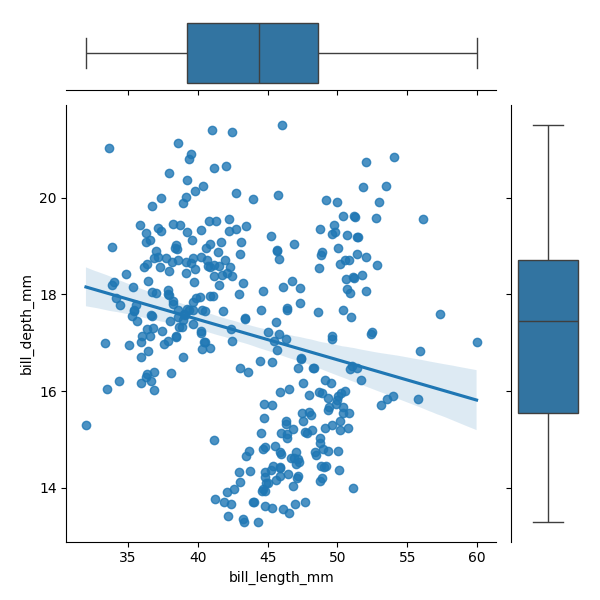
python, seaborn, JointGrid, regplot, boxplot